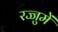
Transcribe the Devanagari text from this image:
रज्जुमें